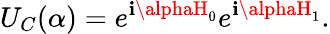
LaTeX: U_{C}(\alpha)=e^{\mathbf{i}\alphaH_{0}}e^{\mathbf{i}\alphaH_{1}}.